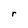
Character: r